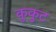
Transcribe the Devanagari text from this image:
कुकुट